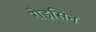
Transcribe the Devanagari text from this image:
रोइसिन